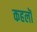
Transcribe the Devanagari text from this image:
कहलॊ